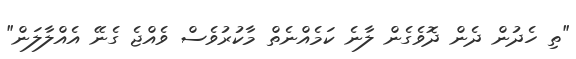
"ތި ހެދުން ދެން ދޮވެގެން ލާނެ ކަމެއްނެތް މާކުރުވެސް ވެއްޖެ ގެނޭ އެއްލާލަން"